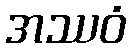
အဿဝံ